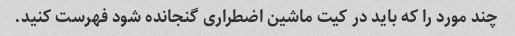
چند مورد را که باید در کیت ماشین اضطراری گنجانده شود فهرست کنید.